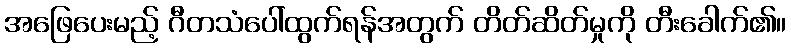
အဖြေပေးမည့် ဂီတသံပေါ်ထွက်ရန်အတွက် တိတ်ဆိတ်မှုကို တီးခေါက်၏။